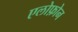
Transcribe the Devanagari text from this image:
एलोफ़ोन